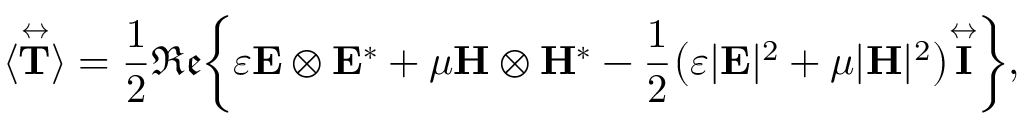
\langle \overset \leftrightarrow { \mathbf { T } } \rangle = \frac { 1 } { 2 } \mathfrak { R e } \bigg \{ \varepsilon \mathbf { E } \otimes \mathbf { E } ^ { * } + \mu \mathbf { H } \otimes \mathbf { H } ^ { * } - \frac { 1 } { 2 } \big ( \varepsilon | \mathbf { E } | ^ { 2 } + \mu | \mathbf { H } | ^ { 2 } \big ) \overset \leftrightarrow { \mathbf { I } } \bigg \} ,